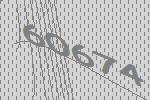
60674